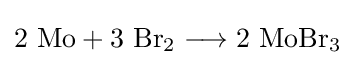
\mathrm {2\ Mo+3\ Br_{2}\longrightarrow 2\ MoBr_{3}}